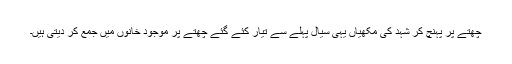
چھتّے پر پہنچ کر شہد کی مکھیاں یہی سیال پہلے سے تیار کئے گئے چھتےّ پر موجود خانوں میں جمع کر دیتی ہیں۔